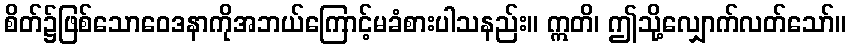
စိတ်၌ဖြစ်သောဝေဒနာကိုအဘယ်ကြောင့်မခံစားပါသနည်း။ ဣတိ၊ ဤသို့လျှောက်လတ်သော်။